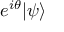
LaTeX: e ^ { i \theta } | \psi \rangle